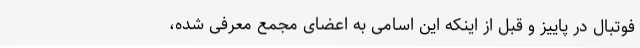
فوتبال در پاییز و قبل از اینکه این اسامی به اعضای مجمع معرفی شده،